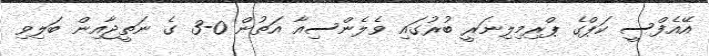
އޭއެފްސީ ކަޕްގެ ޕްރިމިލިނަރީ ބުރުގައި ވެލެންސިއާ އަތުން 0-3 ގެ ނަތީޖާއިން ބަލިވި